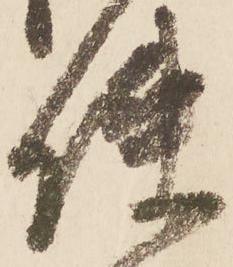
使